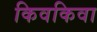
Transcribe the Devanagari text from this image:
किवकिवा